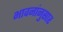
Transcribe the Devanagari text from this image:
भावनांनुसार